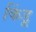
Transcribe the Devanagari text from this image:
किंडू